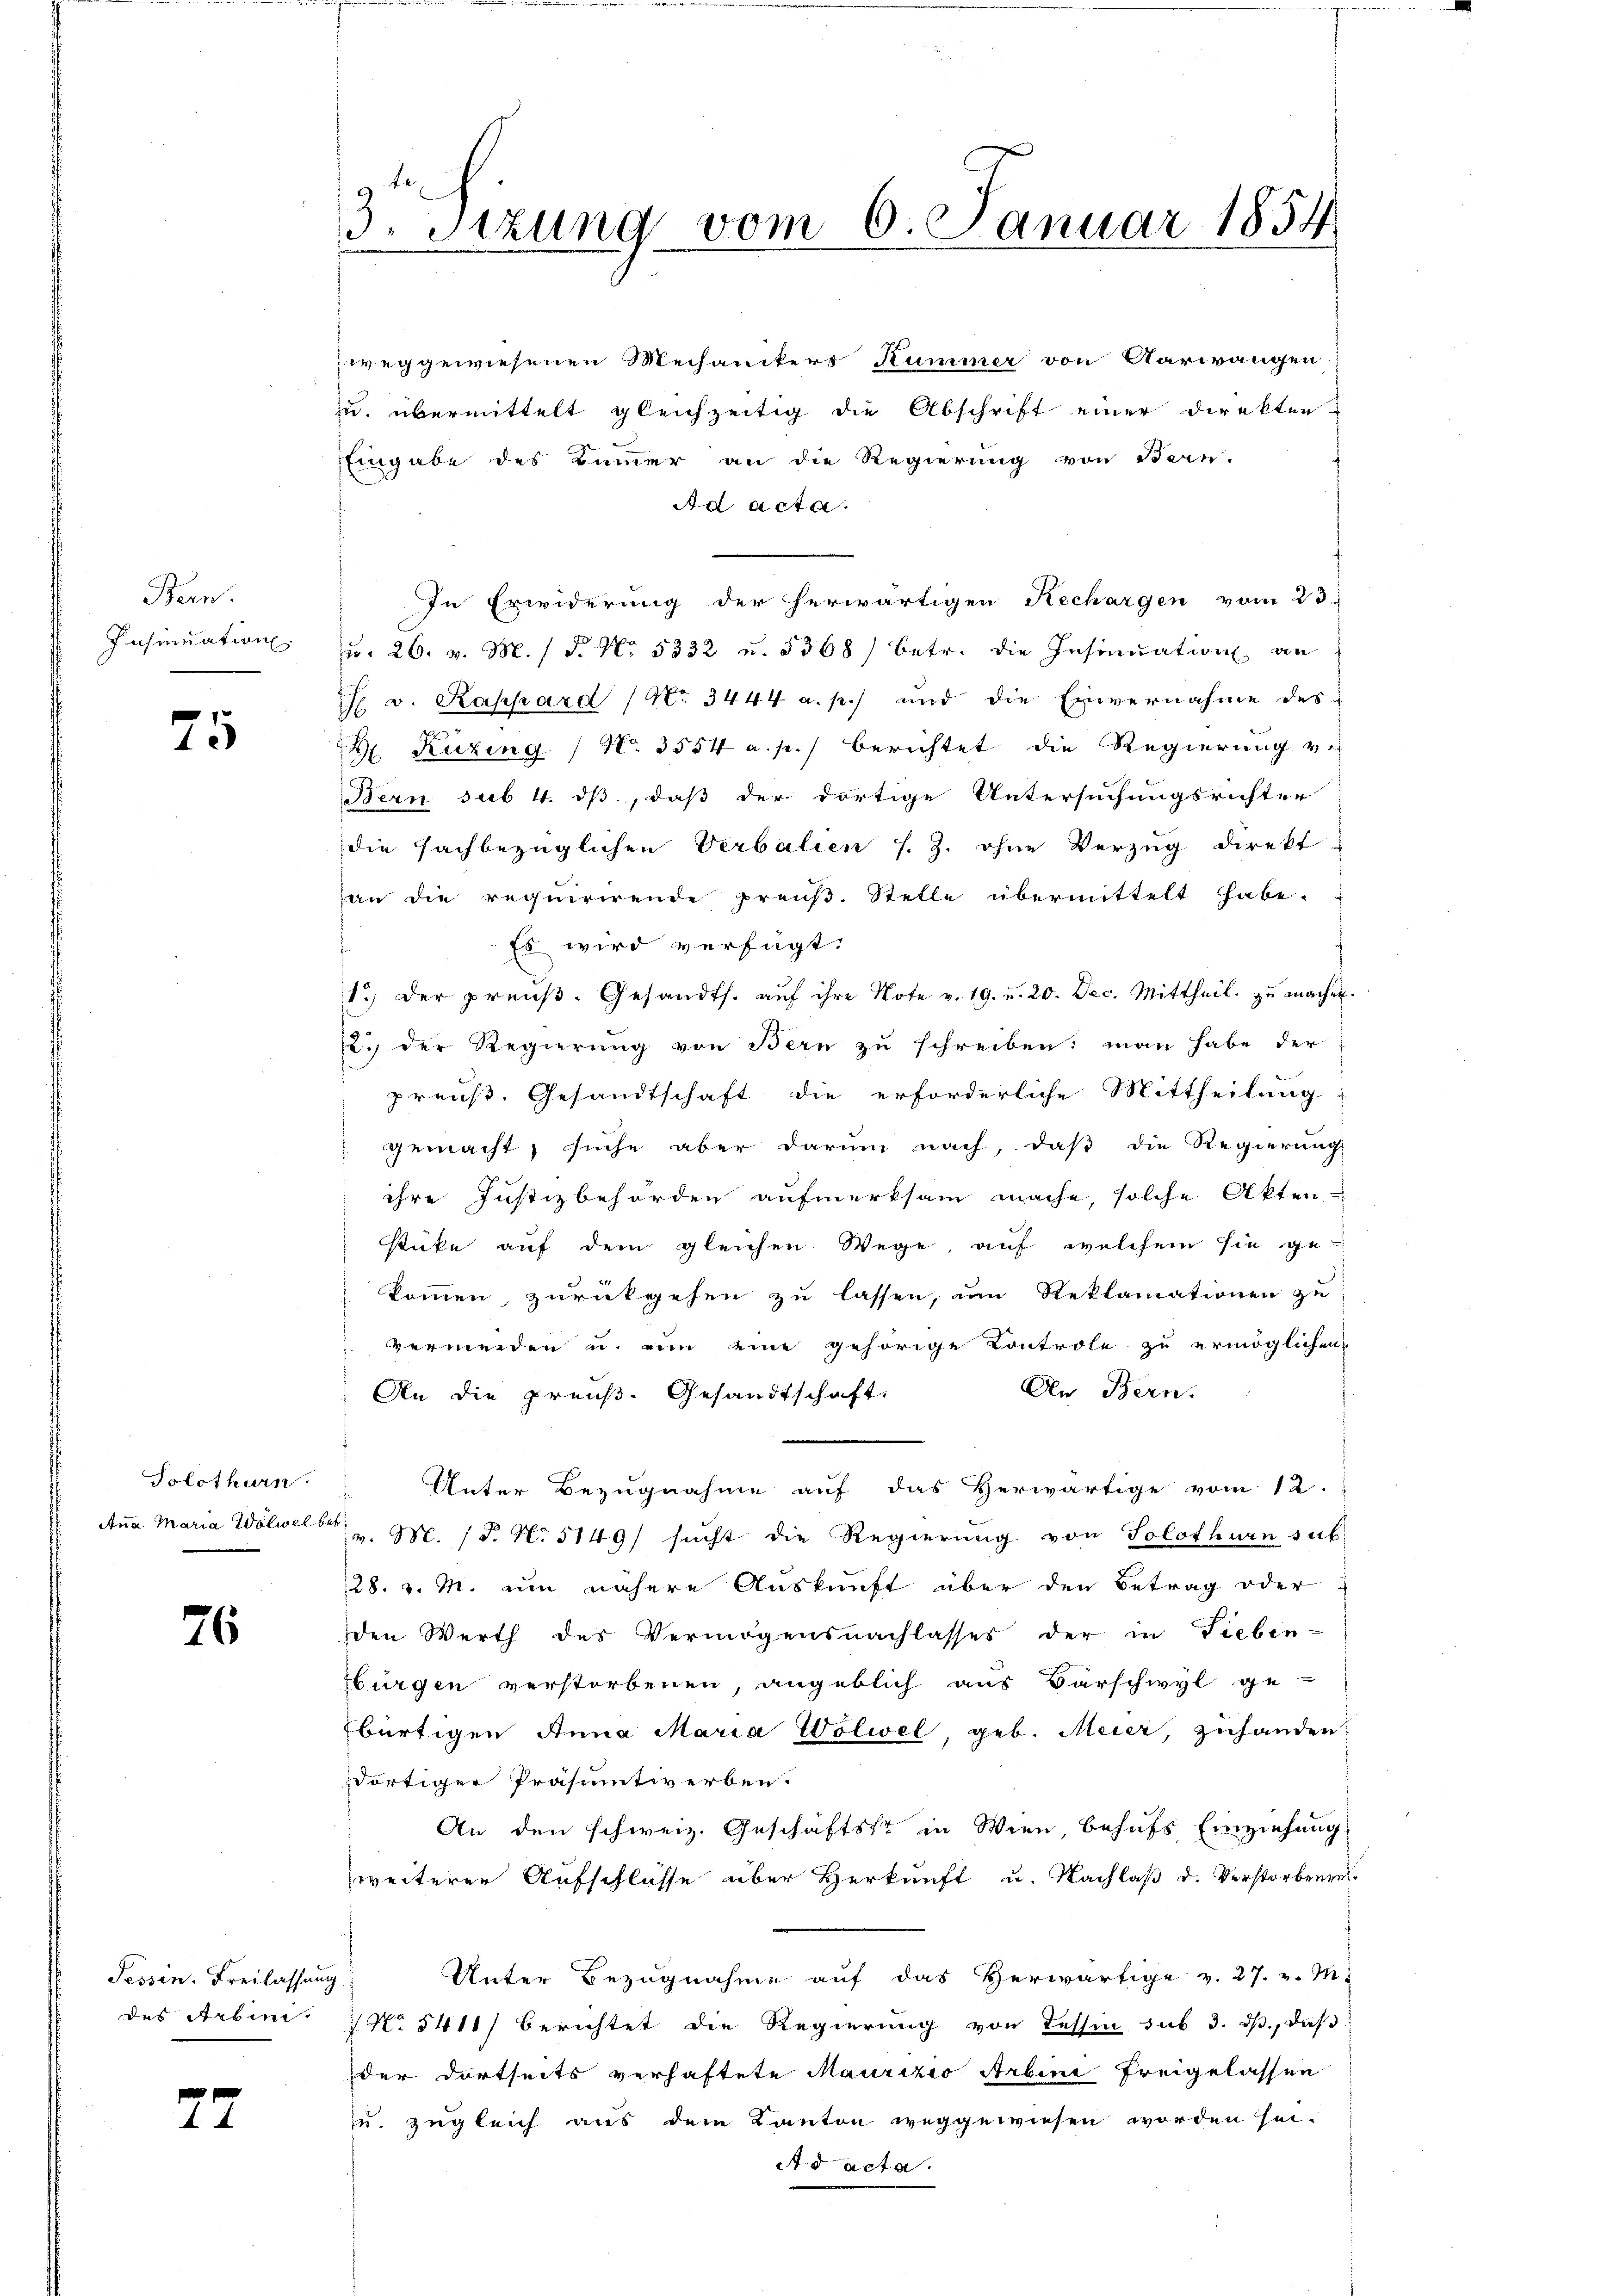
Bern.
Insinuation.

75

Solothurn
Ana Maria Wölwel betr.

76

Tessin. Freilassung

27

3. Sitzung vom 6. Januar 1854

weggewiesenen Mechanikers Kummer von Aarwangen,
u. übermittelt gleichzeitig die Abschrift einer Direkten
Eingabe des Bummer an die Regierung von Bern.
Ad acta.
In Erwiderung der herwärtigen Rechargen vom 23.
u. 26. v. M. /d. No. 5332 u. 5368) betr. die Insinuation an
F. v. Rappard (No. 3444 a. p.) und die Einvernahme des-
H Kuzing / N. 3554 a. p.) berichtet die Regierung v.
Bern sub 4. ds, daß der dortige Untersuchungsrichter
die sachbezüglichen Verbalien s. Z. ohne Verzug direkt
an die requirirende preuß. Stelle übermittelt habe.
Es wird verfügt:
1.) Der preŭβ. Gesandts. aŭf ihre Note v. 19. u. 20. Dec. Mittheil zŭ machen.
2.) Der Regierung von Bern zu schreiben: man habe der
preuß. Gesandtschaft die erforderliche Mittheilung:
gemacht, suche aber darum nach, daß die Regierungs
ihre Justizbehörden aufmerksam mache, solche Akten
stüke auf dem gleichen Wege, auf welchem sie ge-
kommen, zurückgehen zu lassen, um Reklamationen zu
vermeiden u. nun eine gehörige Controle zu ermöglichen
An Bern.
An die preuß. Gesandtschaft.
Unter Bezugnahme auf das Herwärtige vom 12.
v. M. (T. No 5149/ sicht die Regierŭng von Solothurn sub:
28. v. M. um nähere Auskunft über den Betrag oder
den Werth des Vermögensnachlasses der in Lieben-
Bürgen verstorbenen, angeblich aus Barschwyl ge-
bürtigen Anna Maria Wölwel, geb. Meier, zuhanden:
dortiger Präsumtiverben.
An den schweiz. Geschäftstr in Wien, behufs Einziehung
weiterer Aufschlüsse über Herkunft u. Nachlaß d. Verstorbenen.
Unter Bezugnahme auf das Herwärtige v. 27. v. M.
des Arbin. No 5411) berichtet die Regierung von Tessin sub 3. ds., daß
der dortseits verhaftete Maurizio Arbine freigelassen
u. zugleich aus dem Kanton weggewiesen worden sei.
Ad acta.